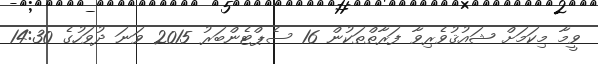
ވީމާ މިކަމަށް ޝައުޤުވެރިވާ ފަރާތްތަކުން 16 ސެޕްޓެންބަރު 2015 ވަނަ ދުވަހުގެ 14:30